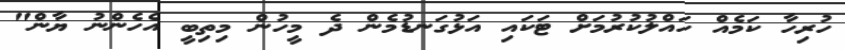
ހުރިހާ ކަމެއް ހައްލުކުރުމަށް ޓަކައި އަޅުގަނޑުމެން ދެ މީހުން މިތިބީ އެހެންނު ޔާން"